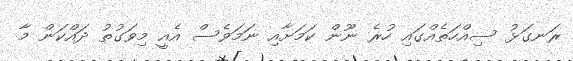
ރަނގަޅު ސިއްހަތެއްގައި ހުރެ ނޫން ކަމަށާއި ނަމަވެސް އެއީ މިވަގުތު ދައްކަން މާ